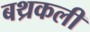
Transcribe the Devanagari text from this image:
बथ्रकली